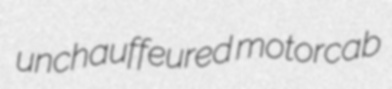
unchauffeured motorcab